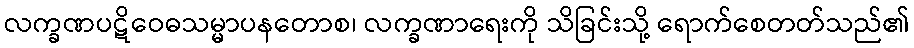
လက္ခဏပဋိဝေဓသမ္မာပနတောစ၊ လက္ခဏာရေးကို သိခြင်းသို့ ရောက်စေတတ်သည်၏